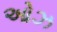
ઓઝ